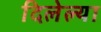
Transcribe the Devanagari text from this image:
दिलेल्‍या